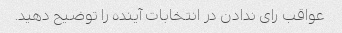
عواقب رای ندادن در انتخابات آینده را توضیح دهید.